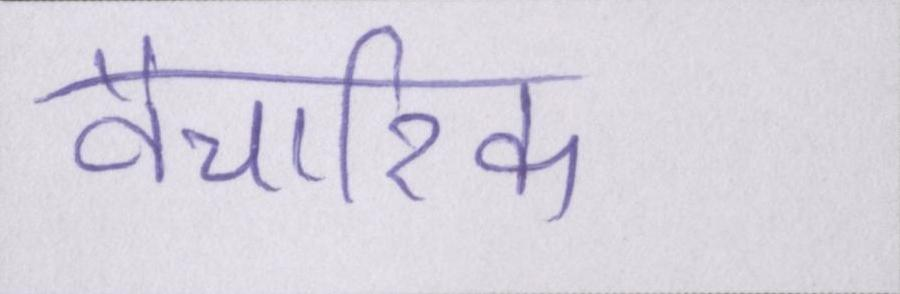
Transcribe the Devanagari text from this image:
वैचारिक